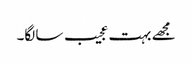
مجھے بہت عجیب سا لگا۔